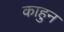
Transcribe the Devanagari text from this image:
काहुन